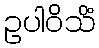
ဥပါဝိသိံ